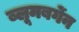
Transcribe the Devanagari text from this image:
ब्लूमबर्गेन